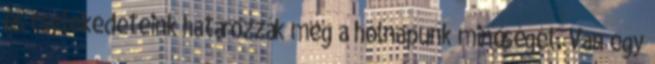
és cselekedeteink határozzák meg a holnapunk minőségét. Van egy